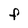
Character: F